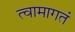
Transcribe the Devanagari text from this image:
त्वामागतं